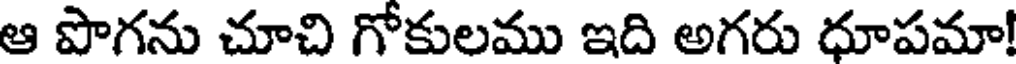
ఆ పొగను చూచి గోకులము ఇది అగరు ధూపమా!